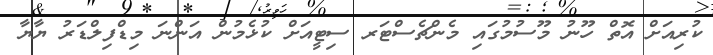
ކުރިއަށް އޮތް ހޫނު މޫސުމުގައި މެންޗެސްޓަރ ސިޓީއަށް ކުޅެމުން އަންނަ މިޑްފިލްޑަރު ޔާޔާ